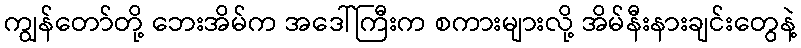
ကျွန်တော်တို့ ဘေးအိမ်က အဒေါ်ကြီးက စကားများလို့ အိမ်နီးနားချင်းတွေနဲ့